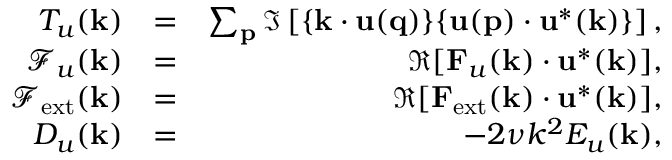
\begin{array} { r l r } { T _ { u } ( { \bf k } ) } & { = } & { \sum _ { \bf p } \Im \left[ { \bf \{ k \cdot u ( q ) \} \{ u ( p ) \cdot u ^ { * } ( k ) \} } \right] , } \\ { \mathcal { F } _ { u } ( { \bf k } ) } & { = } & { \Re [ { \bf F } _ { u } ( { \bf k } ) \cdot { \bf u } ^ { * } ( { \bf k } ) ] , } \\ { \mathcal { F } _ { \mathrm { e x t } } ( { \bf k } ) } & { = } & { \Re [ { \bf F } _ { \mathrm { e x t } } ( { \bf k } ) \cdot { \bf u } ^ { * } ( { \bf k } ) ] , } \\ { D _ { u } ( \mathbf { k } ) } & { = } & { - 2 \nu k ^ { 2 } E _ { u } ( { \bf k } ) , } \end{array}